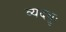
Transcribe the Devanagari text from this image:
व्यदधुः